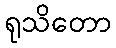
ရုသိတော